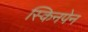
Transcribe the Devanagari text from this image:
स्किनपेन